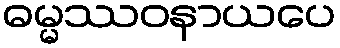
ဓမ္မဿဝနာယပေ